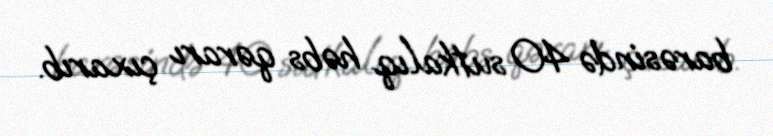
barəsində 40 sutkalıq həbs qərarı çıxarıb.